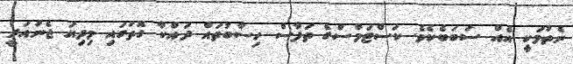
ނެތުމަކިީ އެއް ސަބަބެކެވެ. ކަސްޓަމްސްގެ ތަފާސް ހިސާބުތައް ދައްކާ ގޮތުގައި މިދިޔަ ޖެނުއަރީ